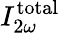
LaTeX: I_{2\omega}^{\mathrm{total}}